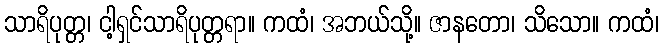
သာရိပုတ္တ၊ ငါ့ရှင်သာရိပုတ္တရာ။ ကထံ၊ အဘယ်သို့။ ဇာနတော၊ သိသော။ ကထံ၊